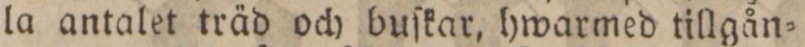
la antalet träd och buſkar, hwarmed tillgån=